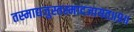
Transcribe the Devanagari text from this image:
तस्माद्यजुस्तस्मादजायत॥९॥